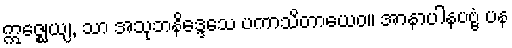
ဣဇ္ဈေယျ, သာ အသုဘနိဒ္ဒေသေ ပကာသိတာယေဝ။ အာနာပါနပဗ္ဗံ ပန